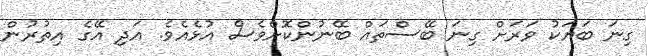
ގިނަ ބަޔަކު ވަރަށް ގިނަ ބޭސްތައް ބޭނުންކޮށްވެސް އުޅެއެވެ. އަދި އޭގެ އިތުރުން